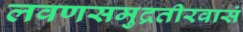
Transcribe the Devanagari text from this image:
लवणसमुद्रतीरवासं